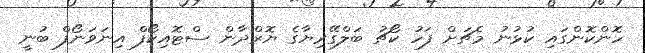
ހޮންކޮންގައި ކުޅުނު މެޗަށް ފަހު ކޯޗު ބަލްގޭރިޔާގެ ޔޮރްދާން ސްޓޮއިކޯފް އިނަވަނޯފް ބުނީ